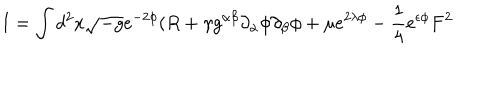
I = \int d ^ { 2 } x \sqrt { - g } e ^ { - 2 \phi } ( R + \gamma g ^ { \alpha \beta } \partial _ { \alpha } \phi \partial _ { \beta } { \phi } + \mu e ^ { 2 \lambda \phi } - \frac { 1 } { 4 } e ^ { \epsilon \phi } F ^ { 2 }